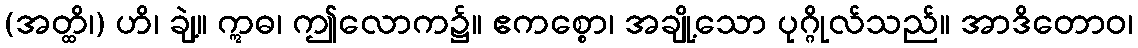
(အတ္ထိ၊) ဟိ၊ ချဲ့။ ဣဓ၊ ဤလောက၌။ ဧကစ္စော၊ အချို့သော ပုဂ္ဂိုလ်သည်။ အာဒိတောဝ၊